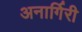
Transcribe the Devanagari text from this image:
अनार्गिरी